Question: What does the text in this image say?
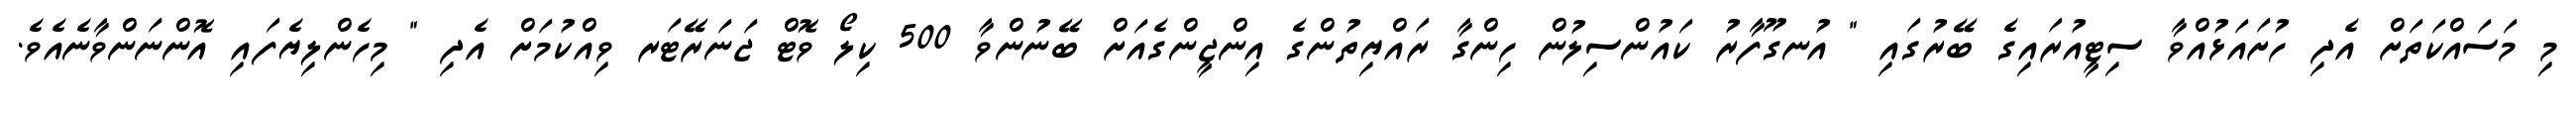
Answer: މި މަސައްކަތަށް އެދި ހުށައަޅުއްވާ ސިޓީއުރައިގެ ބޭރުގައި " އުނގޫފާރު ކައުންސިލުން ހިންގާ ރައްޔިތުންގެ އިންޖީންގެއަށް ބޭނުންވާ 500 ކިލޯ ވޮޓް ޖަނަރޭޓަރ ވިއްކުމަށް އެދި " މިހެންލިޔެފައި އޮންނަންވާނެއެވެ.